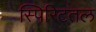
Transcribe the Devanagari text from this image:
स्पिरिटतल